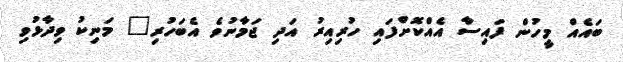
ބައެއް މީހުން ފައިސާ އެއްކޮށްފައި ހުރިއިރު އަދި ޖަމާނުވެ އެބަހުރި" މަނިކު ވިދާޅުވި